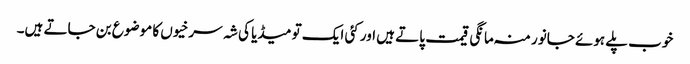
خوب پلے ہوئے جانور منہ مانگی قیمت پاتے ہیں اور کئی ایک تو میڈیا کی شہ سرخیوں کا موضوع بن جاتے ہیں۔